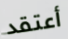
أعتقد